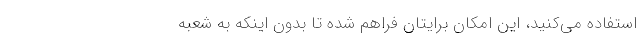
استفاده می‌کنید، این امکان برایتان فراهم شده تا بدون اینکه به شعبه